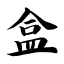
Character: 盒